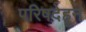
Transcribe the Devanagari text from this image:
परिषदेहून